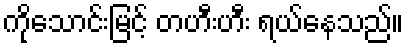
ကိုသောင်းမြင့် တဟီးဟီး ရယ်နေသည်။